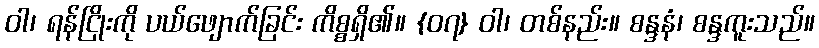
ဝါ၊ ရန်ငြိုးကို ပယ်ဖျောက်ခြင်း ကိစ္စရှိ၏။ {၀၇} ဝါ၊ တစ်နည်း။ စန္ဒနံ၊ စန္ဒကူးသည်။